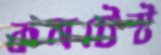
কনটেস্ট